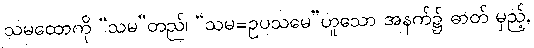
သမထောကို “သမ”တည်၊ “သမ=ဥပသမေ”ဟူသော အနက်၌ ဓာတ် မှည့်,